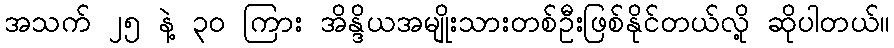
အသက် ၂၅ နဲ့ ၃၀ ကြား အိန္ဒိယအမျိုးသားတစ်ဦးဖြစ်နိုင်တယ်လို့ ဆိုပါတယ်။